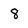
Character: 8